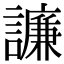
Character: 譧